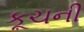
કૂચની